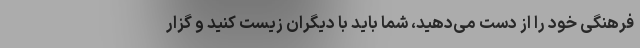
فرهنگی خود را از دست می‌دهید، شما باید با دیگران زیست کنید و گزار